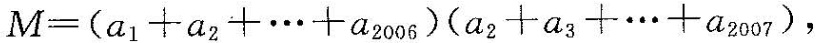
$$M=(a_{1}+a_{2}+\cdots+a_{2006})(a_{2}+a_{3}+\cdots+a_{2007})，$$